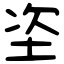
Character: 垐